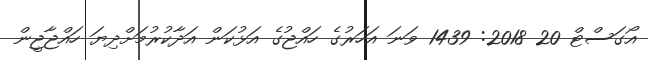
އޯގަސްޓް 20 2018: 1439 ވަނަ އަހަރުގެ ހައްޖުގެ އަޅުކަން އަދާކުރުމަށްދިޔަ ހައްޖާޖީން